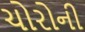
ચોરોની